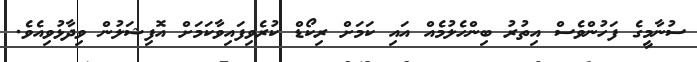
ސުނާމީގެ ފަހުންވެސް އިތުރު ބިންހެލުމެއް އައި ކަމަށް ރިކޯޑް ކުރެވިފައިވާކަމަށް އޮފިޝަލުން ވިދާޅުވިއެވެ.